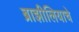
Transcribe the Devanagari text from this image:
ब्राझीलियाचे